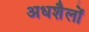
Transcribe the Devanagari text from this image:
अधशैलों